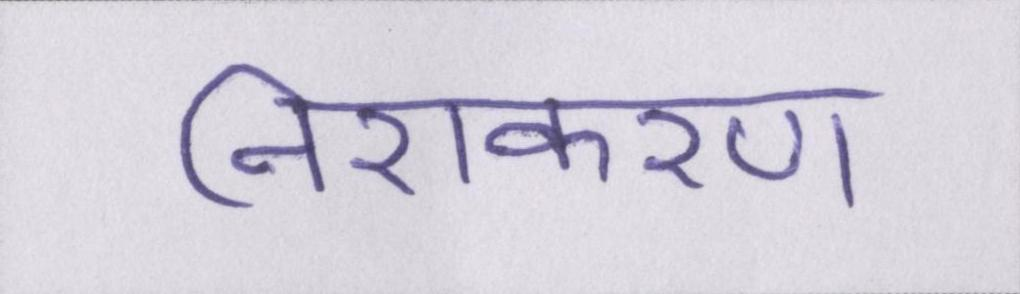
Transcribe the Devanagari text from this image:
निराकरण